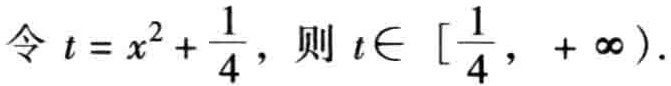
令 \(t = x^{2}+\frac{1}{4}\)，则 \(t\in [\frac{1}{4}, +\infty)\)。